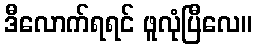
ဒီလောက်ရရင် ဖူလုံပြီလေ။